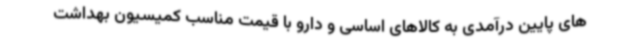
های پایین درآمدی به کالاهای اساسی و دارو با قیمت مناسب کمیسیون بهداشت